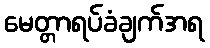
မေတ္တာရပ်ခံချက်အရ